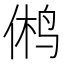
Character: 鸺